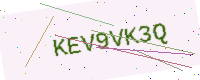
Text: KEV9VK3Q